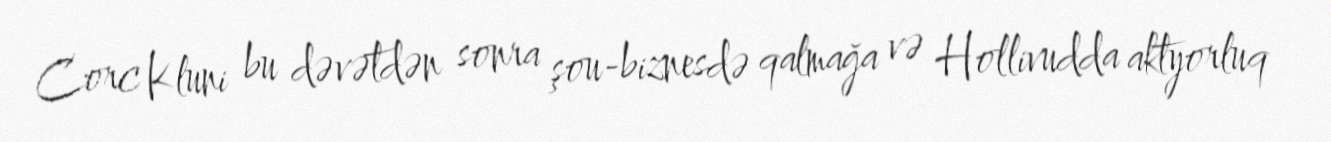
Corc Kluni bu dəvətdən sonra şou-biznesdə qalmağa və Hollivudda aktyorluq